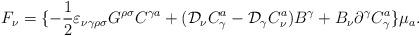
LaTeX: \begin{align*}F_\nu=\{-\frac{1}{2}\varepsilon_{\nu\gamma\rho\sigma} G^{\rho\sigma}C^{\gamma a}+({\cal D}_{\nu}C_\gamma^a- {\cal D}_{\gamma}C_\nu^a)B^\gamma+B_\nu\partial^\gamma C_\gamma^a\}\mu_a.\end{align*}